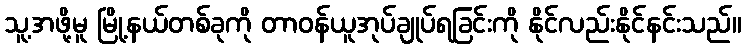
သူ့အဖို့မူ မြို့နယ်တစ်ခုကို တာဝန်ယူအုပ်ချုပ်ရခြင်းကို နိုင်လည်းနိုင်နင်းသည်။